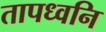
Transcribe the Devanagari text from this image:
तापध्वनि